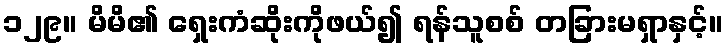
၁၂၉။ မိမိ၏ ရှေးကံဆိုးကိုဖယ်၍ ရန်သူစစ် တခြားမရှာနှင့်။